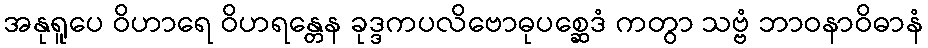
အနုရူပေ ဝိဟာရေ ဝိဟရန္တေန ခုဒ္ဒကပလိဗောဓုပစ္ဆေဒံ ကတွာ သဗ္ဗံ ဘာဝနာဝိဓာနံ